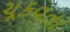
ચૂકવતા